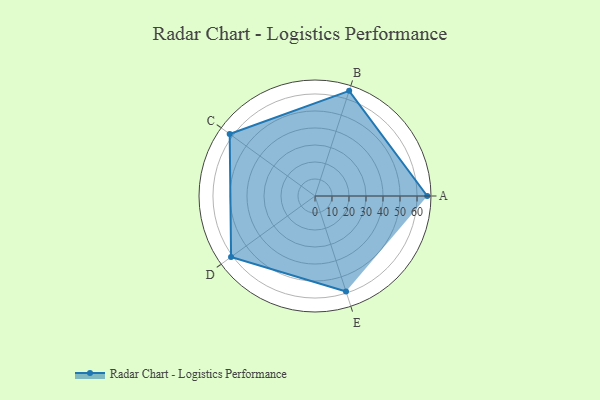
{"axis": {"x": "Skill", "y": "Score"}, "legend": ["Profile"], "data": [{"x": "A", "y": 66.0, "type": "Profile"}, {"x": "B", "y": 65.0, "type": "Profile"}, {"x": "C", "y": 62.0, "type": "Profile"}, {"x": "D", "y": 61.0, "type": "Profile"}, {"x": "E", "y": 59.0, "type": "Profile"}]}